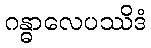
ဂန္ဓာလေပဿိဒံ